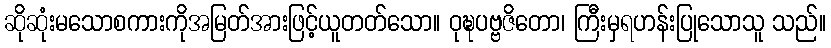
ဆိုဆုံးမသောစကားကိုအမြတ်အားဖြင့်ယူတတ်သော။ ဝုဍ္ဎပဗ္ဗဇိတော၊ ကြီးမှရဟန်းပြုသောသူ သည်။